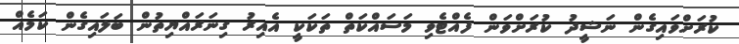
ކުރަށްވައިގެން ނަޝީދު ކުރަށްވަން ފެއްޓެވި މަސައްކަތް ތަކަކީ އެއިރު ގިނަރައްޔިތުން ބަލައިގެން ކަމެއް